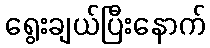
ရွေးချယ်ပြီးနောက်